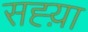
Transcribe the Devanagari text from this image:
सह्य़ा